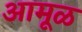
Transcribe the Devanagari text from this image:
आमूळ